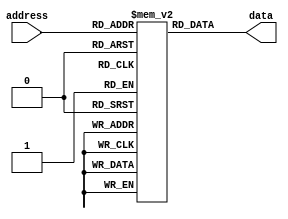
module ROM (
    input wire [addr_width-1:0] address,
    output reg [data_width-1:0] data
);

parameter addr_width = 8; // Address width of the ROM
parameter data_width = 16; // Data width of the ROM
parameter depth = 256; // Depth of the ROM

reg [data_width-1:0] memory [depth-1:0];

initial begin
    // Initialize memory blocks with programmed data
    // This is where the mask-programmed data would be stored during manufacturing
    // Example: memory[0] = 16'b1100110001110000;
end

always @* begin
    // Read data from memory block at specified address
    data = memory[address];
end

endmodule